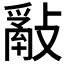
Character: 𢿮